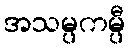
အသမ္ပကမ္ပီ